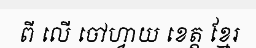
ពី លើ ចៅហ្វាយ ខេត្ត ខ្មែរ